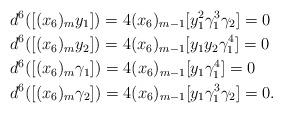
LaTeX: \begin{align*} & d^6([(x_6)_my_1])=4(x_6)_{m-1}[y_1^2\gamma_1^3\gamma_2]=0 \\& d^6([(x_6)_my_2])=4(x_6)_{m-1}[y_1y_2\gamma_1^4]=0 \\& d^6([(x_6)_m\gamma_1])=4(x_6)_{m-1}[y_1\gamma_1^4]=0 \\ \;\; & d^6([(x_6)_m\gamma_2])=4(x_6)_{m-1}[y_1\gamma_1^3\gamma_2]=0.\end{align*}